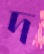
দ